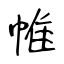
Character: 帷